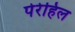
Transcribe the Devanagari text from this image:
पेरेहिल